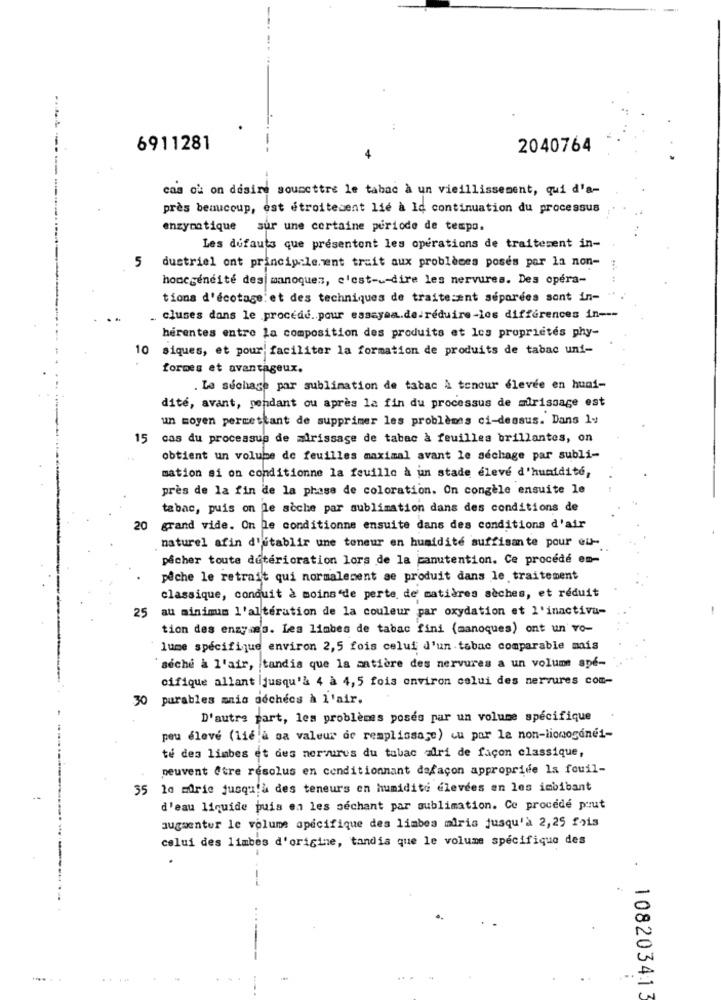
6911281
2040764
4
---
cas où on desire soumettre le tabac à un vieillissement, qui d'a-
près beaucoup, est étroitement lié à Id continuation du processus
enzymatique sur une certaine periode de tempo.
Les défauts que présentent les opérations de traitement in-
dustriel ont principalement trait aux problèmes poses por la non-
honcgendite des manoques, c'est -_- dire les nervures. Des opera-
tions d'écotage. et des techniques de traitement séparées sont in-
. cluses dans le procede .. pour essayaa.de.réduire-les différences in ---
herentes entre la composition des produits et les propriétés phy-
10 siques, et pour faciliter la formation de produits de tabac uni-
formes et avantageux.
La séchage par sublimation de tabac à teneur élevée en humi-
dité, avant, pendant ou après la fin du processus de murissage est
un moyen permettant de supprimer les problèmes ci-dessus. Dans 14
15
cas du processus de alrissage de tabac à feuilles brillantes, on
obtient un volume de feuilles maximal avant le séchage par subli-
mation si on conditionne la feuille à un stade eleve d'humidité,
près de la fin de la phase de coloration. On congèle ensuite le
tabac, puis on le sèche par sublimation dans des conditions de
20
grand vide. On le conditionne ensuite dans des conditions d'air
naturel afin d'établir une toneur en humidité suffisante pour eu-
pêcher toute deterioration lors de la manutention. Ce procédé em-
pêche le retrait qui normalement se produit dans le traitement
classique, conquit à moins'de perte de' matières sèches, et réduit
au minimum l'altération de la couleur par oxydation et l'inactiva-
-
25
tion des enzymes. Les limbes de tabac fini (manoques) ont un' vo-
lume spécifique environ 2,5 fois celui d'un tabac comparable mais
seche a l'air, tandis que la matière des nervures a un volume spe-
cifique allant jusqu'à 4 à 4,5 fois environ celui des nervures com-
30 parables mais séchées à l'air.
D'autre part, les problèmes posés par un volume spécifique
peu élevé (lié à sa valeur de remplissage) cu por la non-lionognei-
té des limbes et des nervures du tabac adri de façon classique,
peuvent être resolus en conditionnant dafaçon appropride la fouil-
35 la mdrie jusqu'à des teneurs en humidité élevées en les imbibant
d'eau liquide puis en les sechant par sublimation. Co procede prut
augmenter le volume spécifique des limbes miria jusqu'à 2,25 fois
celui des limbes d'origine, tandis que le volume spécifique des
.... ..
..
. 1082034:13